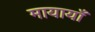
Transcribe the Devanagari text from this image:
मायायाँ